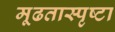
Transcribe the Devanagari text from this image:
मूढतास्पृष्टा